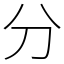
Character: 分